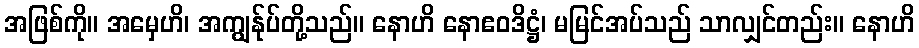
အဖြစ်ကို။ အမှေဟိ၊ အကျွန်ုပ်တို့သည်။ နောဟိ နောဧဝဒိဋ္ဌံ၊ မမြင်အပ်သည် သာလျှင်တည်း။ နောဟိ